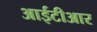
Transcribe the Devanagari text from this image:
आईटीआर